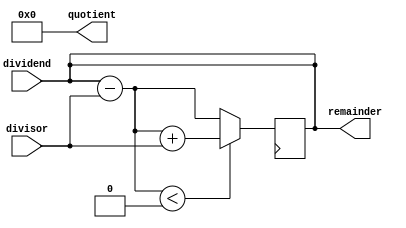
module RestoringDivider (
    input [31:0] dividend,
    input [31:0] divisor,
    output reg [31:0] quotient,
    output reg [31:0] remainder
);

reg [31:0] partial_remainder;
reg [31:0] partial_quotient;
reg [1:0] count;

always @(*) begin
    count = 2'b00;
    partial_remainder = dividend;
    partial_quotient = 32'b0;
end

always @(posedge clk) begin
    if (count < 32) begin
        partial_remainder = partial_remainder - divisor;
        
        if (partial_remainder < 0) begin
            partial_remainder = partial_remainder + divisor;
            partial_quotient[count] = 1'b0;
        end else begin
            partial_quotient[count] = 1'b1;
        end
        count = count + 1;
    end
end

assign quotient = partial_quotient;
assign remainder = partial_remainder;

endmodule